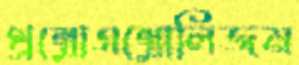
থ্রম্বোএম্বোলিজম